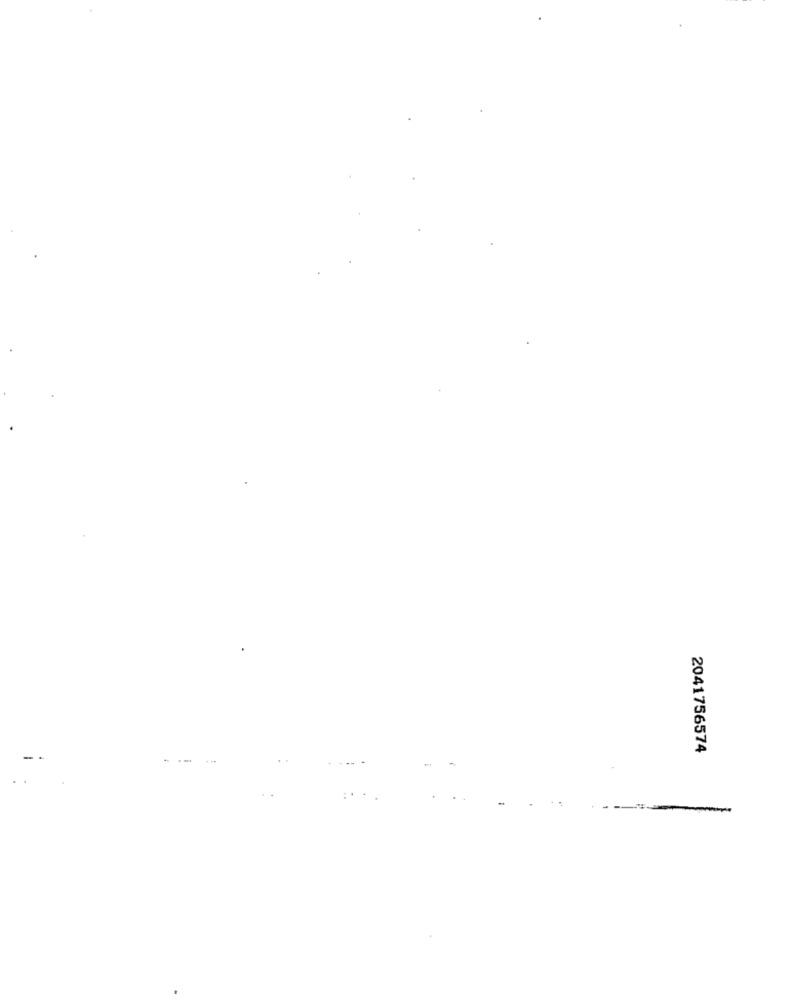
2041756574